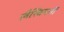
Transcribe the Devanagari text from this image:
लैस्बियनों